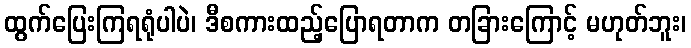
ထွက်ပြေးကြရရုံပါပဲ၊ ဒီစကားထည့်ပြောရတာက တခြားကြောင့် မဟုတ်ဘူး၊